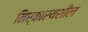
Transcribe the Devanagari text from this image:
निर्कार्यशील